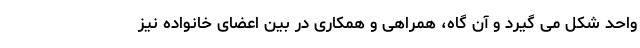
واحد شکل می گیرد و آن گاه، همراهی و همکاری در بین اعضای خانواده نیز